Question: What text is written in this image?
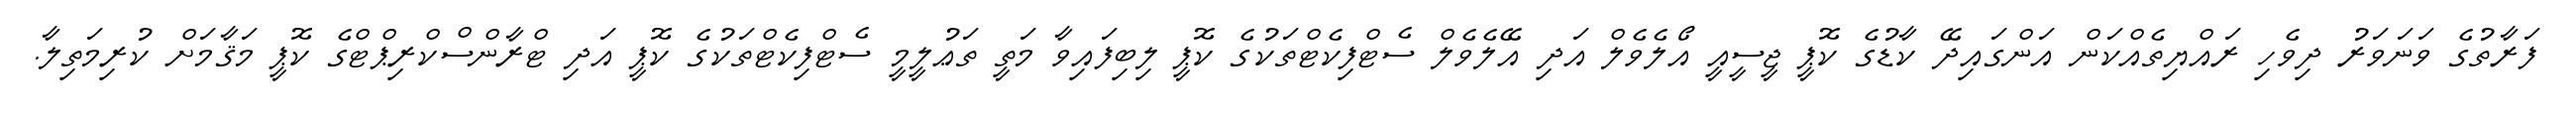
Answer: ފަރާތުގެ ވަނަވަރު ދިވެހި ރައްޔިތެއްކަން އަންގައިދޭ ކާޑުގެ ކޮޕީ ޖީސީއީ އޯލެވެލް އަދި އޭލެވެލް ސެޓްފިކެޓްތަކުގެ ކޮޕީ ލިބިފައިވާ މަތީ ތަޢުލީމީ ސެޓްފިކެޓްތަކުގެ ކޮޕީ އަދި ޓްރާންސްކްރިޕްޓްގެ ކޮޕީ މަޤާމަށް ކުރިމަތިލާ.